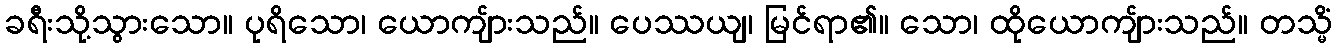
ခရီးသို့သွားသော။ ပုရိသော၊ ယောကျ်ားသည်။ ပေဿယျ၊ မြင်ရာ၏။ သော၊ ထိုယောကျ်ားသည်။ တသ္မိံ